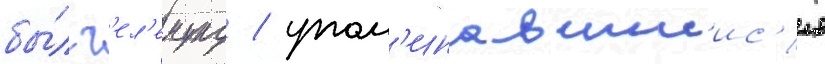
бы́л г'ел'емунд / упом'инавшиис'я